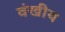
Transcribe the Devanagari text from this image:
वंखीय